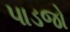
પાડજો